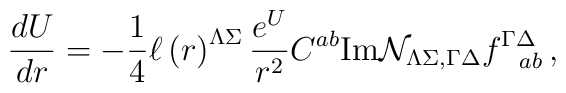
{d{  U}\over dr}=-{1\over 4}\ell\left(r\right)^{\Lambda\Sigma}{e^U\over r^2}C^{ab}{\rm Im}{\cal N }_{\Lambda \Sigma,\Gamma\Delta}f^{\Gamma\Delta}_{~~ab}\, ,